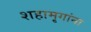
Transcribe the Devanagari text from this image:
शहामृगांना